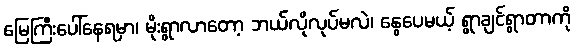
မြေကြီးပေါ်နေရမှာ၊ မိုးရွာလာတော့ ဘယ်လိုလုပ်မလဲ၊ နွေပေမယ့် ရွာချင်ရွာတာကို